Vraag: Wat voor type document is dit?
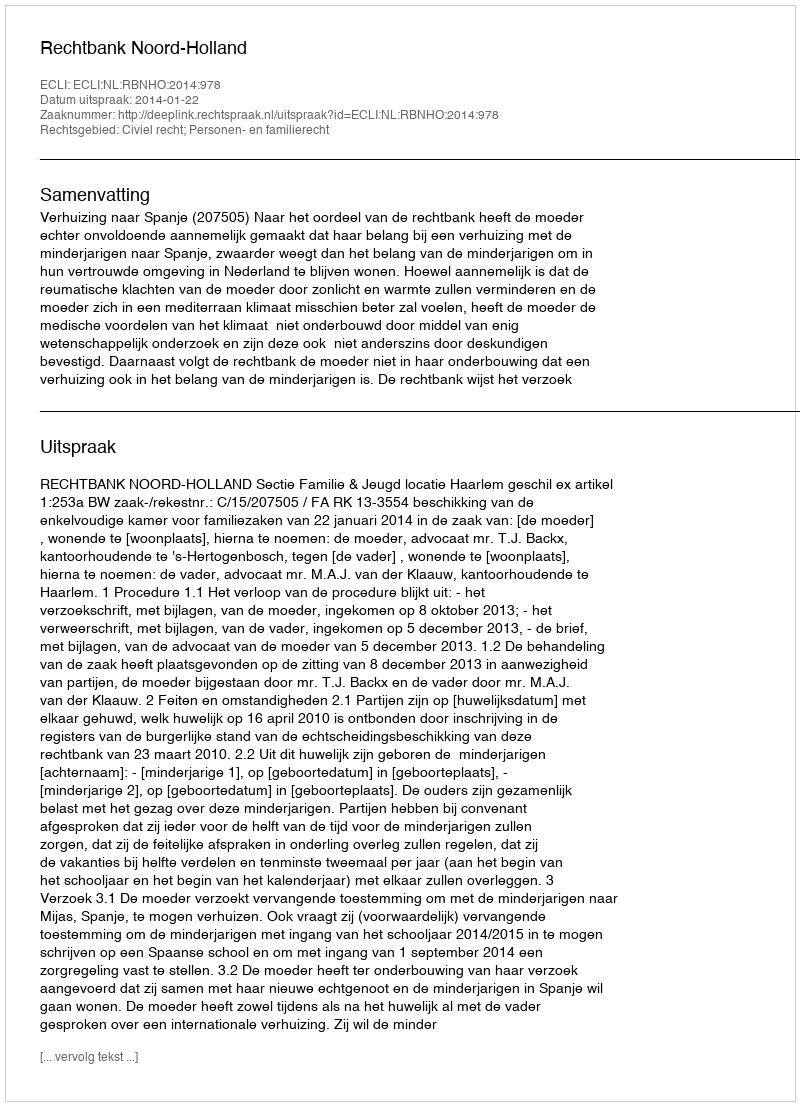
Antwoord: Uitspraak